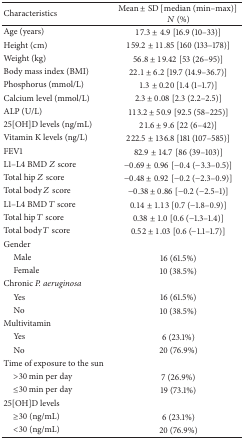
| Characteristics | Mean ± SD [median (min–max)]N (%) |
 | --- | --- |
 | Age (years) | 17.3 ± 4.9 [16.9 (10–33)] |
 | Height (cm) | 159.2 ± 11.85 [160 (133–178)] |
 | Weight (kg) | 56.8 ± 19.42 [53 (26–95)] |
 | Body mass index (BMI) | 22.1 ± 6.2 [19.7 (14.9–36.7)] |
 | Phosphorus (mmol/L) | 1.3 ± 0.20 [1.4 (1–1.7)] |
 | Calcium level (mmol/L) | 2.3 ± 0.08 [2.3 (2.2–2.5)] |
 | ALP (U/L) | 113.2 ± 50.9 [92.5 (58–225)] |
 | 25[OH]D levels (ng/mL) | 21.6 ± 9.6 [22 (6–42)] |
 | Vitamin K levels (ng/L) | 222.5 ± 136.8 [181 (107–585)] |
 | FEV1 | 82.9 ± 14.7 [86 (39–103)] |
 | L1–L4 BMD Z score | −0.69 ± 0.96 [−0.4 (−3.3–0.5)] |
 | Total hip Z score | −0.48 ± 0.92 [−0.2 (−2.3–0.9)] |
 | Total body Z score | −0.38 ± 0.86 [−0.2 (−2.5–1)] |
 | L1–L4 BMD T score | 0.14 ± 1.13 [0.7 (−1.8–0.9)] |
 | Total hip T score | 0.38 ± 1.0 [0.6 (−1.3–1.4)] |
 | Total body T score | 0.52 ± 1.03 [0.6 (−1.1–1.7)] |
 | Gender |  |
 | Male | 16 (61.5%) |
 | Female | 10 (38.5%) |
 | Chronic P. aeruginosa |  |
 | Yes | 16 (61.5%) |
 | No | 10 (38.5%) |
 | Multivitamin |  |
 | Yes | 6 (23.1%) |
 | No | 20 (76.9%) |
 | Time of exposure to the sun |  |
 | >30 min per day | 7 (26.9%) |
 | ≤30 min per day | 19 (73.1%) |
 | 25[OH]D levels |  |
 | ≥30 (ng/mL) | 6 (23.1%) |
 | <30 (ng/mL) | 20 (76.9%) |